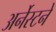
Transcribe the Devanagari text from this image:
अर्नेस्टने